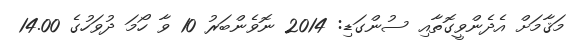
މަޤާމަށް އެދެންވީގޮތާއި ސުންގަޑި: 2014 ނޮވެންބަރު 10 ވާ ހޯމަ ދުވަހުގެ 14.00